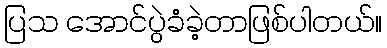
ပြသ အောင်ပွဲခံခဲ့တာဖြစ်ပါတယ်။